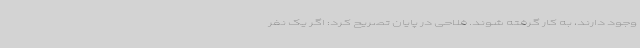
وجود دارند، به کار گرفته شوند. فلاحی در پایان تصریح کرد: اگر یک نفر